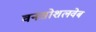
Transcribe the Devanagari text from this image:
वनसोशलवेब